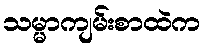
သမ္မာကျမ်းစာထဲက